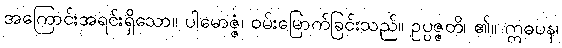
အကြောင်းအရင်းရှိသော။ ပါမောဇ္ဇံ၊ ဝမ်းမြောက်ခြင်းသည်။ ဥပ္ပဇ္ဇတိ၊ ၏။ ဣဓပန၊